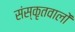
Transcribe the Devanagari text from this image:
संस्कृतवालों